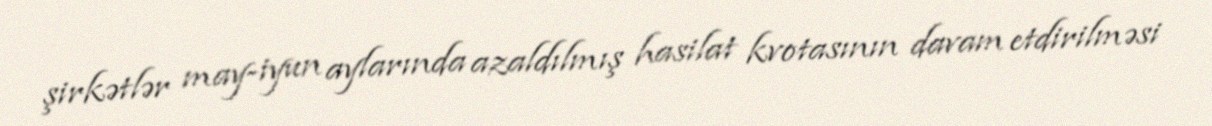
şirkətlər may-iyun aylarında azaldılmış hasilat kvotasının davam etdirilməsi